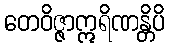
တေဝိဇ္ဇာဣရိဏန္တိပိ